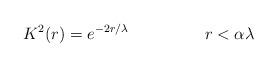
LaTeX: \begin{align*}K^2(r) = e^{-2r/\lambda}~~~~~~~~~~~~~~r < \alpha \lambda\end{align*}